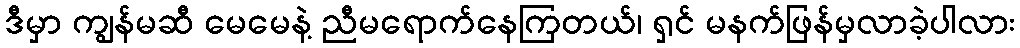
ဒီမှာ ကျွန်မဆီ မေမေနဲ့ ညီမရောက်နေကြတယ်၊ ရှင် မနက်ဖြန်မှလာခဲ့ပါလား